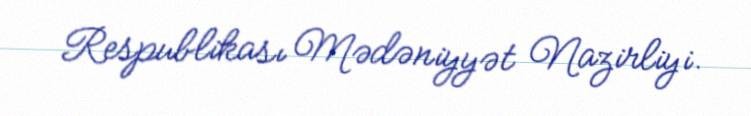
Respublikası Mədəniyyət Nazirliyi.